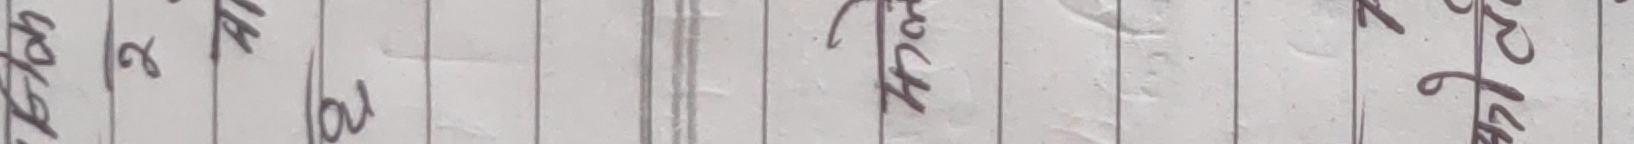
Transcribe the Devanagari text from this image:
योग बढ्न हुँछ खुला खुसी